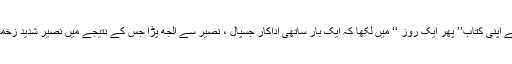
نصیر نے اپنی کتاب’’ پھر ایک روز ‘‘ میں لکھا کہ ایک بار ساتھی اداکار جسپال ، نصیر سے الجھ پڑا جس کے نتیجے میں نصیر شدید زخمی ہوگیا۔